Report of the Municipal Commissioner on the plague in Bombay for the year ending 31st May... - Volume 1
Disease focus: Plague
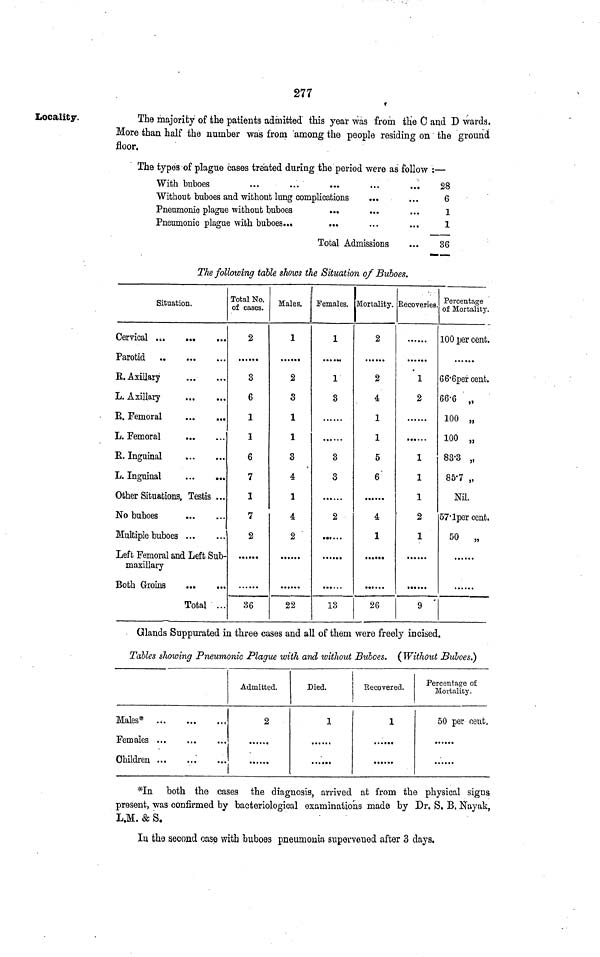
277
Locality.
The majority of the patients admitted this year was from the C and D wards.
More than half the number was from among the people residing on the ground
floor.
The types of plague cases treated during the period were as follow : —
With buboes
...
...
...
Without buboes aud without lung complications
Pneumonic plague without buboes
Pneumonic plague with buboes...
...
...
...
·· ·
• ··
...
Total Admissions
...
...
...
...
...
28
6
1
1
36
The following table shows the Situation of Buboes.
Situation.
Cervical
Parotid
R. Axillary
L. Axillary
E. Femoral
L. Femoral
E. Inguinal
L. Inguinal
Other Situations, Testis ...
No buboes
Multiple buboes
Left Femoral and Left Sub-
maxillary
Both Groins
Total ...
Total No.
of cases.
2
3
6
1
1
6
7
1
7
2
36
Males.
1
2
3
1
1
3
4
1
4
2
22
Females.
1
1
3
3
3
2
13
Mortality.
2
2
4
1
1
5
6
4
1
26
Recoveries.
1
2
1
1
1
2
1
9
Percentage
of Mortality.
100 per cent.
66.6per cent.
66.6 „
100 „
100 „
83.3 „
85.7 „
Nil.
57.lper cent.
50 „
Glands Suppurated in three cases and all of them were freely incised.
Tables showing Pneumonic Plague with and without Buboes. ( Without Buboes.)
Males* .
,
Females
Children ...
Admitted.
2
Died.
1
Recovered.
1
,
Percentage of
Mortality.
50 per cent.
*In both the cases the diagnosis, arrived at from the physical signs
present, was confirmed by bacteriological examinations made by Dr. S. B. Nayak,
L.M. & S.
In the second case with buboes pneumonia supervened after 3 days,